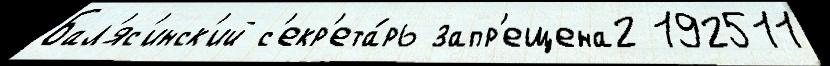
Бал'яс'инск'ий с'екр'ета́рь запр'ещена2 192511